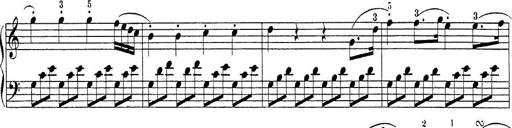
Title: Sonatina Album
Composer: Louis KÃ¶hler